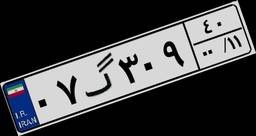
۰۷گ۳۰۹۴۰